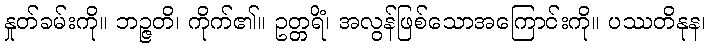
နှုတ်ခမ်းကို။ ဘဉ္ဇတိ၊ ကိုက်၏။ ဥတ္တရိံ၊ အလွန်ဖြစ်သောအကြောင်းကို။ ပဿတိနုန၊